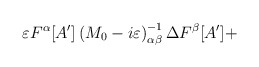
\begin{align*}\varepsilon F^{\alpha }[A']\left( M_{0}-i\varepsilon \right) _{\alpha \beta }^{-1}\Delta F^{\beta }[A']+\end{align*}